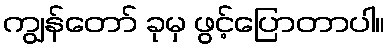
ကျွန်တော် ခုမှ ဖွင့်ပြောတာပါ။